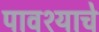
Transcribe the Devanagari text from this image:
पावश्याचे